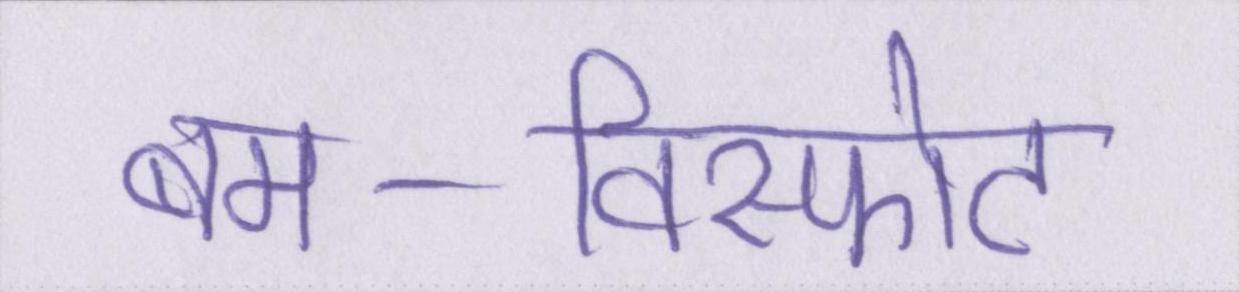
बम-विस्फोट